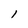
Character: l